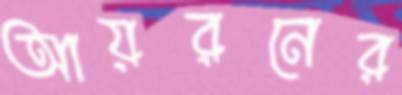
আয়রনের